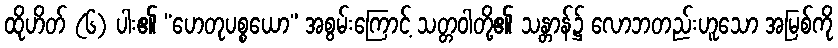
ထိုဟိတ် (၆) ပါး၏ “ဟေတုပစ္စယော” အစွမ်းကြောင့် သတ္တဝါတို့၏ သန္တာန်၌ လောဘတည်းဟူသော အမြစ်ကို